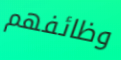
وظائفهم